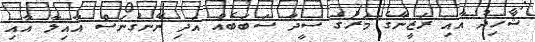
ޝާހިދު އާއި ރަޒީނާގެ މަރުގެ ސީދާ ސަބަބެއް އަދި ނޭނގުނަސް އާއިލާ އާއި